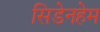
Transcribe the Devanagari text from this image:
सिडेनहेम